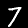
Digit: 7